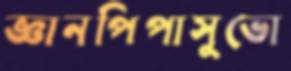
জ্ঞানপিপাসুভো